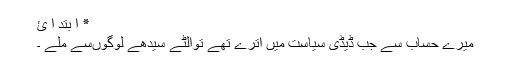
٭ ا بتد ا ئ
میرے حساب سے جب ڈیڈی سیاست میں اترے تھے توالٹے سیدھے لوگوںسے ملے ۔